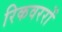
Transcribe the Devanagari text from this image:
रिकवररों